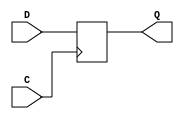
//                              -*- Mode: Verilog -*-
// Description     : Wrapper around some Xilinx primitives
// Last Modified By: Philip Tracton
// Update Count    : 0
// Status          : Unknown, Use with caution!


module FD (/*AUTOARG*/
   // Outputs
   Q,
   // Inputs
   C, D
   ) ;
   input C;
   input D;
   output reg Q;

   always @(posedge C)
     Q <= D;      
endmodule // FD


module FDR (/*AUTOARG*/
   // Outputs
   Q,
   // Inputs
   C, R, D
   ) ;
   input C;
   input R;
   input D;
   output reg Q;

   always @(posedge C or posedge R)
     if (R) begin
        Q <= 0;        
     end else begin
        Q <= D;        
     end
   
endmodule // FDR